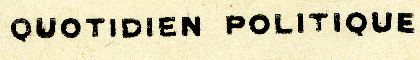
QUOTIDIEN POLITIQUE